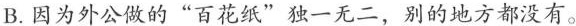
B.因为外公做的”百花纸”独一无二，别的地方都没有。